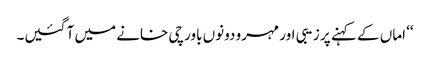
‘‘ اماں کے کہنے پر زیبی اور مہرو دونوں باورچی خانے میں آ گئیں۔